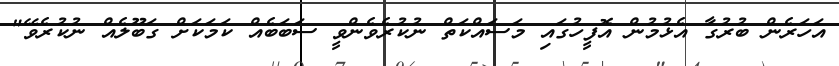
އަހަރެން ބުރުގާ އެޅުމުން އޮފީހުގައި މަސައްކަތް ނުކުރެވެންވީ ސަބަބެއް ކަމަކަށް ގަބޫލެއް ނުކުރެވޭ"